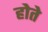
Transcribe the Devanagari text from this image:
होेते